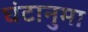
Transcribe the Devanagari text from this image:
घंटानुमा